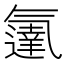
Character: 𬇓